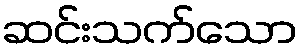
ဆင်းသက်သော